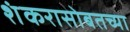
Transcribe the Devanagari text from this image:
शंकरासोबतच्या